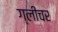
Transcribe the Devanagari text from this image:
ग्लीचर